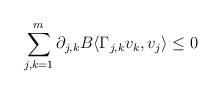
LaTeX: \begin{align*}\sum_{j,k=1}^m\partial_{j,k}B\langle\Gamma_{j,k}v_k,v_j\rangle\leq 0\end{align*}